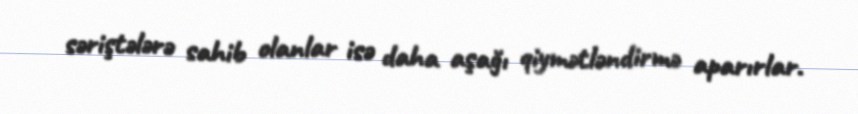
səriştələrə sahib olanlar isə daha aşağı qiymətləndirmə aparırlar.